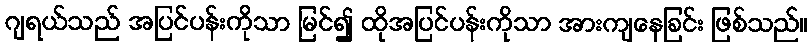
ဂျရယ်သည် အပြင်ပန်းကိုသာ မြင်၍ ထိုအပြင်ပန်းကိုသာ အားကျနေခြင်း ဖြစ်သည်။